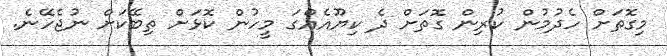
މިގޮތަށް ހެދުމުން ކުރިން ގޮތަށް ދެ ކިޔޫއެއްގަ މީހުން ކޮޅަށް ތިބޭކަށް ނުޖެހޭނެ.